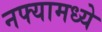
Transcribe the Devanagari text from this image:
नफ्यामध्ये